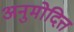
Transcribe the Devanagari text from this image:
अनुमोदित्त